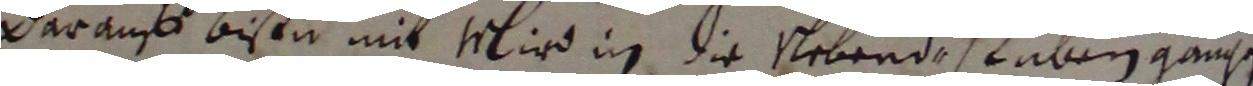
darauf bessn mit wlin in die eebendestaben gansen